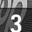
Digit: 3